Vaccination in the Punjab 1867-1880 - 1867-1880
Year: 1867
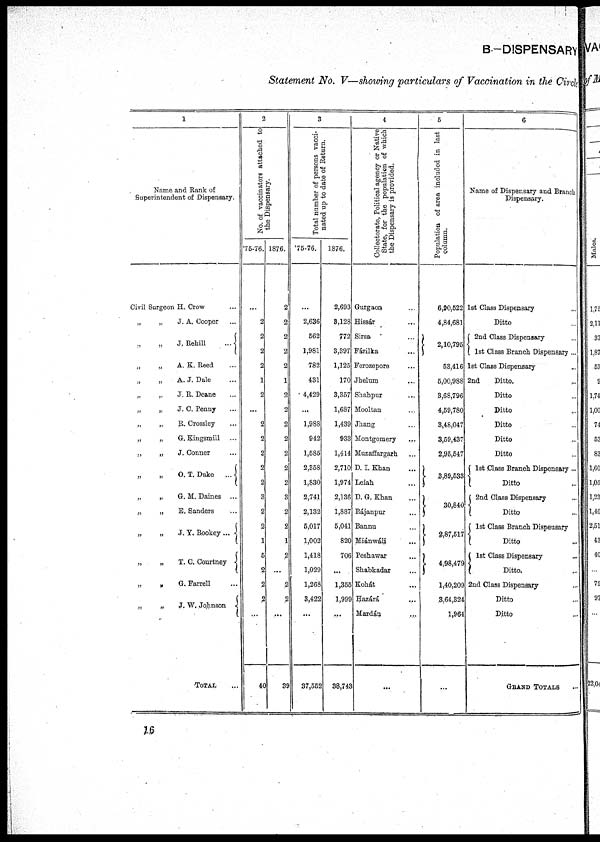
B.—DISPENSARY
Statement No. V—showing particulars of Vaccination in the Circle
1
Name and Rank of
Superintendent of Dispensary.
Civil Surgeon H. Crow ...
„
„
J. A. Cooper ...
„ „ J. Rehill
...
„
„
A. K. Reed ...
„
„
A. J. Date ...
„
„
J. R. Deane ...
„
„
J. C. Penny ...
„
„
R. Crossley ...
„
„
G. Kingsmill ...
„
„
J. Conner ...
„
„
O. T. Duke
...
„
„
G. M. Daines ...
„
„
E. Sanders ...
„
„
J. Y. Bookey...
„
„
T. C. Courtney ...
„
„
G. Farrell ...
„
„
J. W. Johnson
TOTAL ...
2
No. of vaccinators attached to
the Dispensary.
75-76.
...
2
2
2
2
1
2
...
2
2
2
2
2
3
2
2
1
5
2
2
2
...
40
1876.
2
2
2
2
2
1
2
2
2
2
2
2
2
3
2
2
1
2
...
2
2
...
39
3
Total number of persons vacci-
nated up to date of Return.
75-76.
...
2,636
562
1,981
782
431
4,429
...
1,988
942
1,585
2,358
1,830
2,741
2,132
5,017
1,002
1,418
1,029
1,268
3,422
...
37,552
1876.
2,693
3,128
772
3,397
1,125
170
3,357
1,687
1,439
933
1,414
2,710
1,974
2,136
1,887
5,041
820
706
...
1,355
1,999
...
38,743
4
Collectorate, Political agency or Native
State, for the population of which
the Dispensary is provided.
Gurgaon ...
Hissár ...
Sirsa ...
Fázilka ...
Ferozepore ...
Jhelum ...
Shahpur ...
Mooltan ...
Jhang ...
Montgomery ...
Muzaffargarh ...
D. I. Khan ...
Leiah ...
D. G. Khan ...
Rájanpur ...
Bannu ...
Miánwáli ...
Peshawar ...
Shabkadar ...
Kohát ...
Hazárá ...
Mardán ...
...
5
Population of area included in last
column.
6,90,522
4,84,681
2,10,795
53,416
5,00,988
3,68,796
4,59,780
3,48,047
3,59,437
2,95,547
3,89,533
30,840
2,87,517
4,98,479
1,40,209
3,64,324
1,964
6
Name of Dispensary and Branch
Dispensary.
1st Class Dispensary ...
Ditto ...
2nd Class Dispensary ...
1st Class Branch Dispensary ...
1st Class Dispensary ...
2nd
Ditto. ...
Ditto ...
Ditto ...
Ditto ...
Ditto ...
Ditto ...
1st Class Branch Dispensary ...
Ditto ...
2nd Class Dispensary ...
Ditto ...
1st Class Branch Dispensary ...
Ditto ...
1st Class Dispensary ...
Ditto. ...
2nd Class Dispensary ...
Ditto ...
Ditto ...
GRAND TOTALS
16